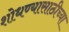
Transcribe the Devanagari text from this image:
शोधण्यासाठीच्या